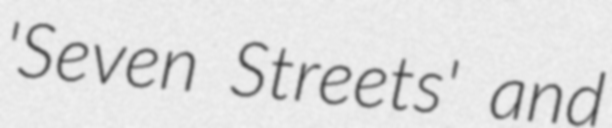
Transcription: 'Seven Streets' and